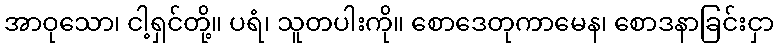
အာဝုသော၊ ငါ့ရှင်တို့။ ပရံ၊ သူတပါးကို။ စောဒေတုကာမေန၊ စောဒနာခြင်းငှာ